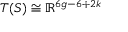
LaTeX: T ( S ) \cong \mathbb { R } ^ { 6 g - 6 + 2 k }